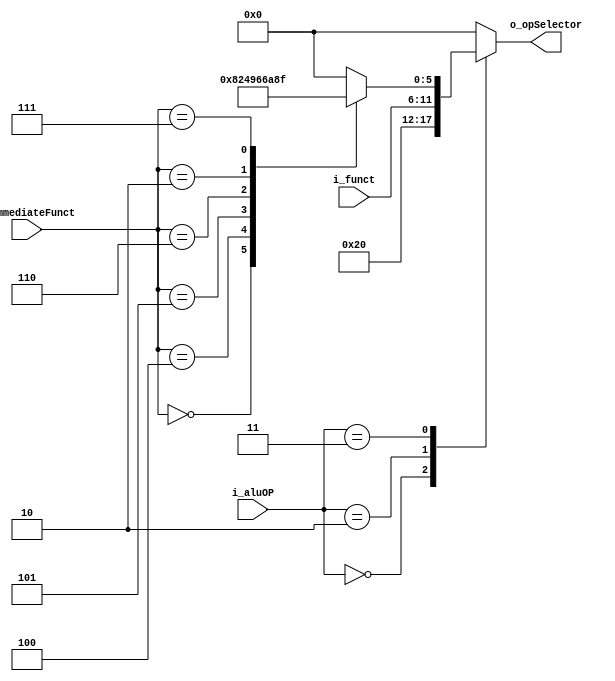
`timescale 1ns / 1ps

module ALUControl(
    //Data inputs
    input wire [5:0] i_funct,
    //Control inputs
    input wire [1:0] i_aluOP,
    input wire [2:0] i_immediateFunct,
    //Control outputs
    output reg [5:0] o_opSelector
);

localparam LOAD_STORE = 2'b00;
localparam BRANCH = 2'b01;
localparam R_TYPE = 2'b10;
localparam IMMEDIATE = 2'b11;

localparam ADDI = 3'b000;
localparam ANDI = 3'b100;
localparam ORI = 3'b101;
localparam XORI = 3'b110;
localparam SLTI = 3'b010;
localparam LUI = 3'b111;

localparam ADD = 6'b100000;
localparam ADDU = 6'b100001;
localparam SUBU = 6'b100011;
    
localparam AND = 6'b100100;
localparam OR  = 6'b100101;
localparam XOR = 6'b100110;
localparam NOR = 6'b100111;

localparam SRA = 6'b000011;
localparam SRAV = 6'b000111;
localparam SRL = 6'b000010;
localparam SRLV = 6'b000110;
    
localparam SLL = 6'b000000;
localparam SLLV = 6'b000100;

localparam SLT = 6'b101010;

localparam SET_UPPER = 6'b001111;

always @(*)
        begin
            case(i_aluOP)
                //Load or store instruction ALU should add 
                LOAD_STORE: o_opSelector = ADD;
                //R-type instruction
                R_TYPE: o_opSelector = i_funct;
                //Immediate instruction
                IMMEDIATE: begin
                    case(i_immediateFunct)
                        ADDI: o_opSelector = ADD;
                        ANDI: o_opSelector = AND;
                        ORI: o_opSelector = OR;
                        XORI: o_opSelector = XOR;
                        SLTI: o_opSelector = SLT;
                        LUI: o_opSelector = SET_UPPER;
                        default: o_opSelector  = 0;
                    endcase
                end 
                default : o_opSelector = 0;
            endcase
        end
endmodule